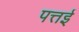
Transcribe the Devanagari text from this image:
पत्तई